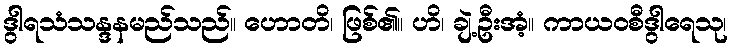
ဒွါရသံသန္ဒနမည်သည်။ ဟောတိ၊ ဖြစ်၏။ ဟိ၊ ချဲ့ဦးအံ့။ ကာယဝစီဒွါရေသု၊